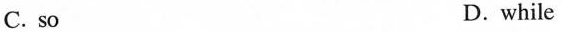
C. so D. while